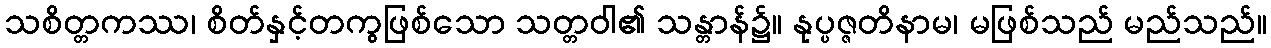
သစိတ္တကဿ၊ စိတ်နှင့်တကွဖြစ်သော သတ္တဝါ၏ သန္တာန်၌။ နုပ္ပဇ္ဇတိနာမ၊ မဖြစ်သည် မည်သည်။